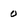
Character: 0